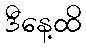
ဒီနေ့ထိ